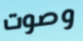
وصوت